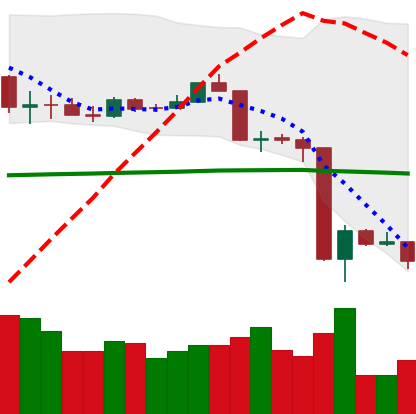
Ticker: ETH-USD
Chart end date: 2020-03-16
Forward return: 20.083%
Label: up_7plus